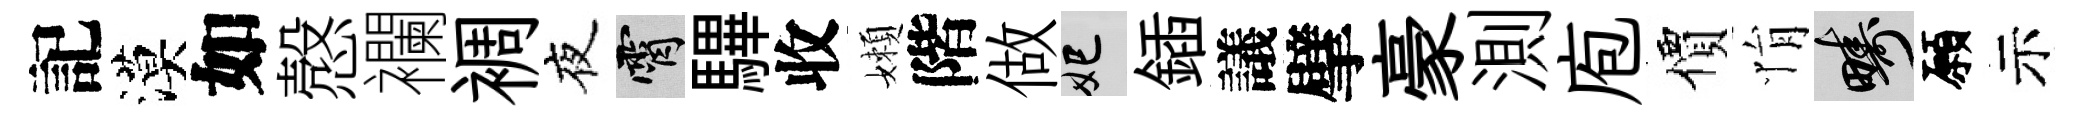
記漠如慤襴裯夜霄驆收嬾階做妃鍤議擘豪測庖價悁疇願示